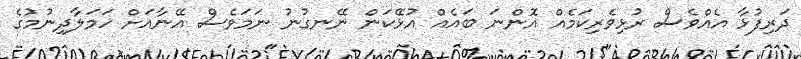
ދަރިފުޅާ އެއްވެސް ރުޅިވެރިކަމެއް އޮންނަ ބައެއް އުޅޭކަން ނޭނގުނު ނަމަވެސް އޭނާއަށް ހަމަލާދިނުމުގެ